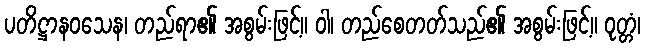
ပတိဋ္ဌာနဝသေန၊ တည်ရာ၏ အစွမ်းဖြင့်။ ဝါ၊ တည်စေတတ်သည်၏ အစွမ်းဖြင့်။ ဝုတ္တံ၊